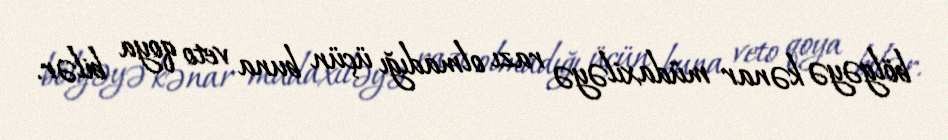
bölgəyə kənar müdaxiləyə razı olmadığı üçün buna veto qoya bilər.